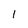
Character: l